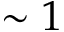
\sim 1